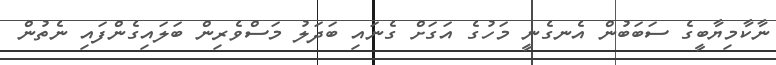
ނާކާމިޔާބީގެ ސަބަބުން އެނގެނީ މަހުގެ އަގަށް ގެނައި ބަދަލު މަސްވެރިން ބަލައިގެންފައި ނެތުން